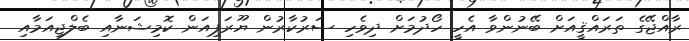
ރާއްޖޭގެ ތަރައްޤީއަށް ބޭނުންވާ އެހީ ހޯދުމަށް ދިވެހި ސަރުކާރުން ޔޫރަޕިއަން ކޮމިޝަނާއި ބެލްޖިއަމާއި